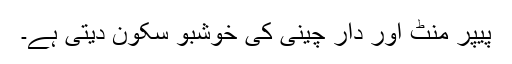
پیپر منٹ اور دار چینی کی خوشبو سکون دیتی ہے۔